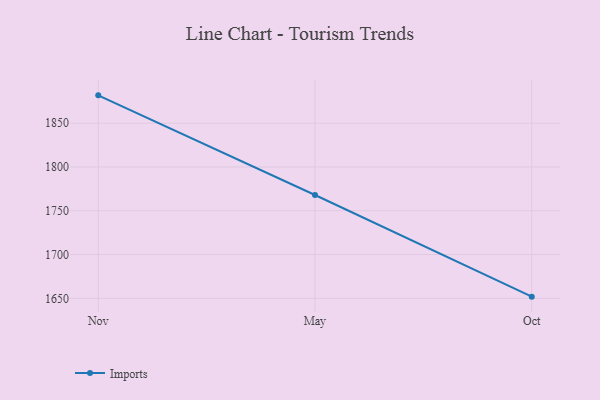
{"axis": {"x": "Month", "y": "Humidity (%)"}, "legend": ["Imports"], "data": [{"x": "Nov", "y": 1881.8, "type": "Imports"}, {"x": "May", "y": 1768.0, "type": "Imports"}, {"x": "Oct", "y": 1651.9, "type": "Imports"}]}